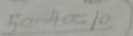
5 0 - 4 0 = 1 0